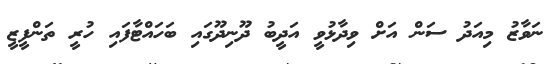
ނަވާޒު މިއަދު ސަން އަށް ވިދާޅުވީ އަދީބު ދޫނިދޫގައި ބަހައްޓާފައި ހުރީ ތަންފީޒީ